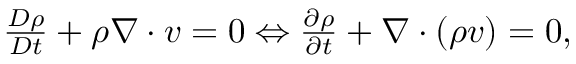
\begin{array} { r } { \frac { D \rho } { D t } + \rho \boldsymbol { \nabla } \cdot \boldsymbol { v } = 0 \Leftrightarrow \frac { \partial \rho } { \partial t } + \boldsymbol { \nabla } \cdot \left( \rho \boldsymbol { v } \right) = 0 , } \end{array}